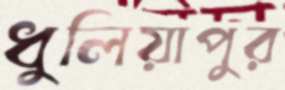
ধুলিয়াপুর